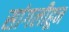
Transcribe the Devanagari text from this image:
सांगलीहून